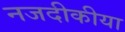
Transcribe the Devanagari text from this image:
नजदीकीया